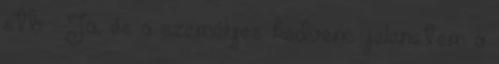
stb. . Ja, és a személyes kedvenc jelenetem a